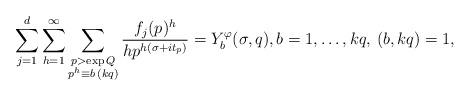
LaTeX: \begin{align*}\sum_{j=1}^d\sum_{h=1}^{\infty}\sum_{\substack{p> \exp{Q}\\p^h\equiv b\,(kq)}}\frac{f_j(p)^h}{hp^{h(\sigma+it_p)}}=Y_b^\varphi(\sigma,q),b=1,\ldots,kq,\, (b,kq)=1,\end{align*}